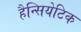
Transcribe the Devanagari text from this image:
हैन्सियेटिक